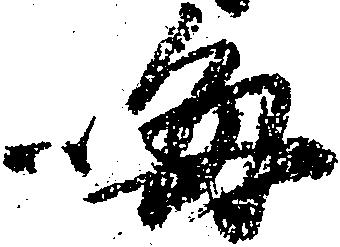
晦